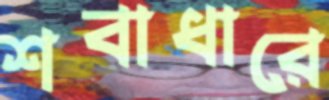
শবাধারে